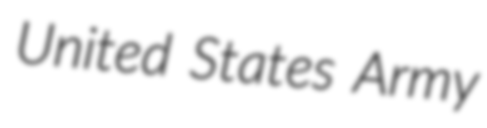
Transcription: United States Army